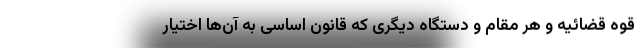
قوه قضائیه و هر مقام و دستگاه دیگری که قانون اساسی به آن‌ها اختیار